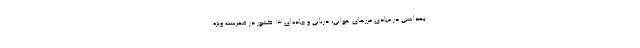
بهداشتی در مبادی مرزهای هوایی، دریایی و جاده‌ای ۱۳ کشور در فهرست ویژه